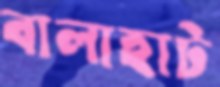
বালাহাট